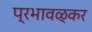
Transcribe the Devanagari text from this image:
प्रभावळ्कर